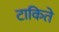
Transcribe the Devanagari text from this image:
टाकिते